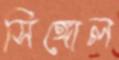
সিঙ্গোল